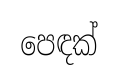
පෙඳක්